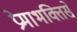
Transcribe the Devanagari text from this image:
प्रेमाभक्तिसे